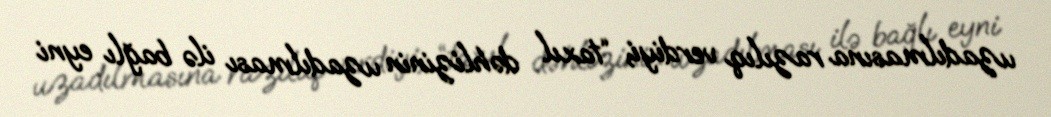
uzadılmasına razılıq verdiyi, “taxıl dəhlizinin uzadılması ilə bağlı eyni